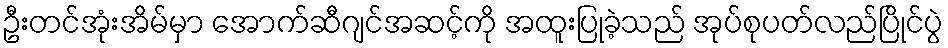
ဦးတင်အုံးအိမ်မှာ အောက်ဆီဂျင်အဆင့်ကို အထူးပြုခဲ့သည် အုပ်စုပတ်လည်ပြိုင်ပွဲ